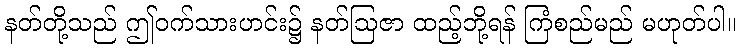
နတ်တို့သည် ဤဝက်သားဟင်း၌ နတ်ဩဇာ ထည့်ဘို့ရန် ကြံစည်မည် မဟုတ်ပါ။